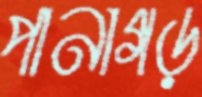
পানাগড়